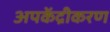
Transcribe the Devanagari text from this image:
अपकेंद्रीकरण